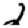
Digit: 2